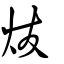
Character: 炦